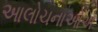
આલોચનાઓએ